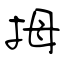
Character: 拇